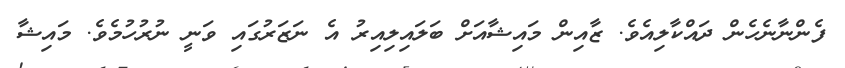
ފެންނާނެހެން ދައްކާލިއެވެ. ޒާއިން މައިޝާއަށް ބަލައިލިއިރު އެ ނަޒަރުގައި ވަނީ ނުރުހުމެވެ. މައިޝާ